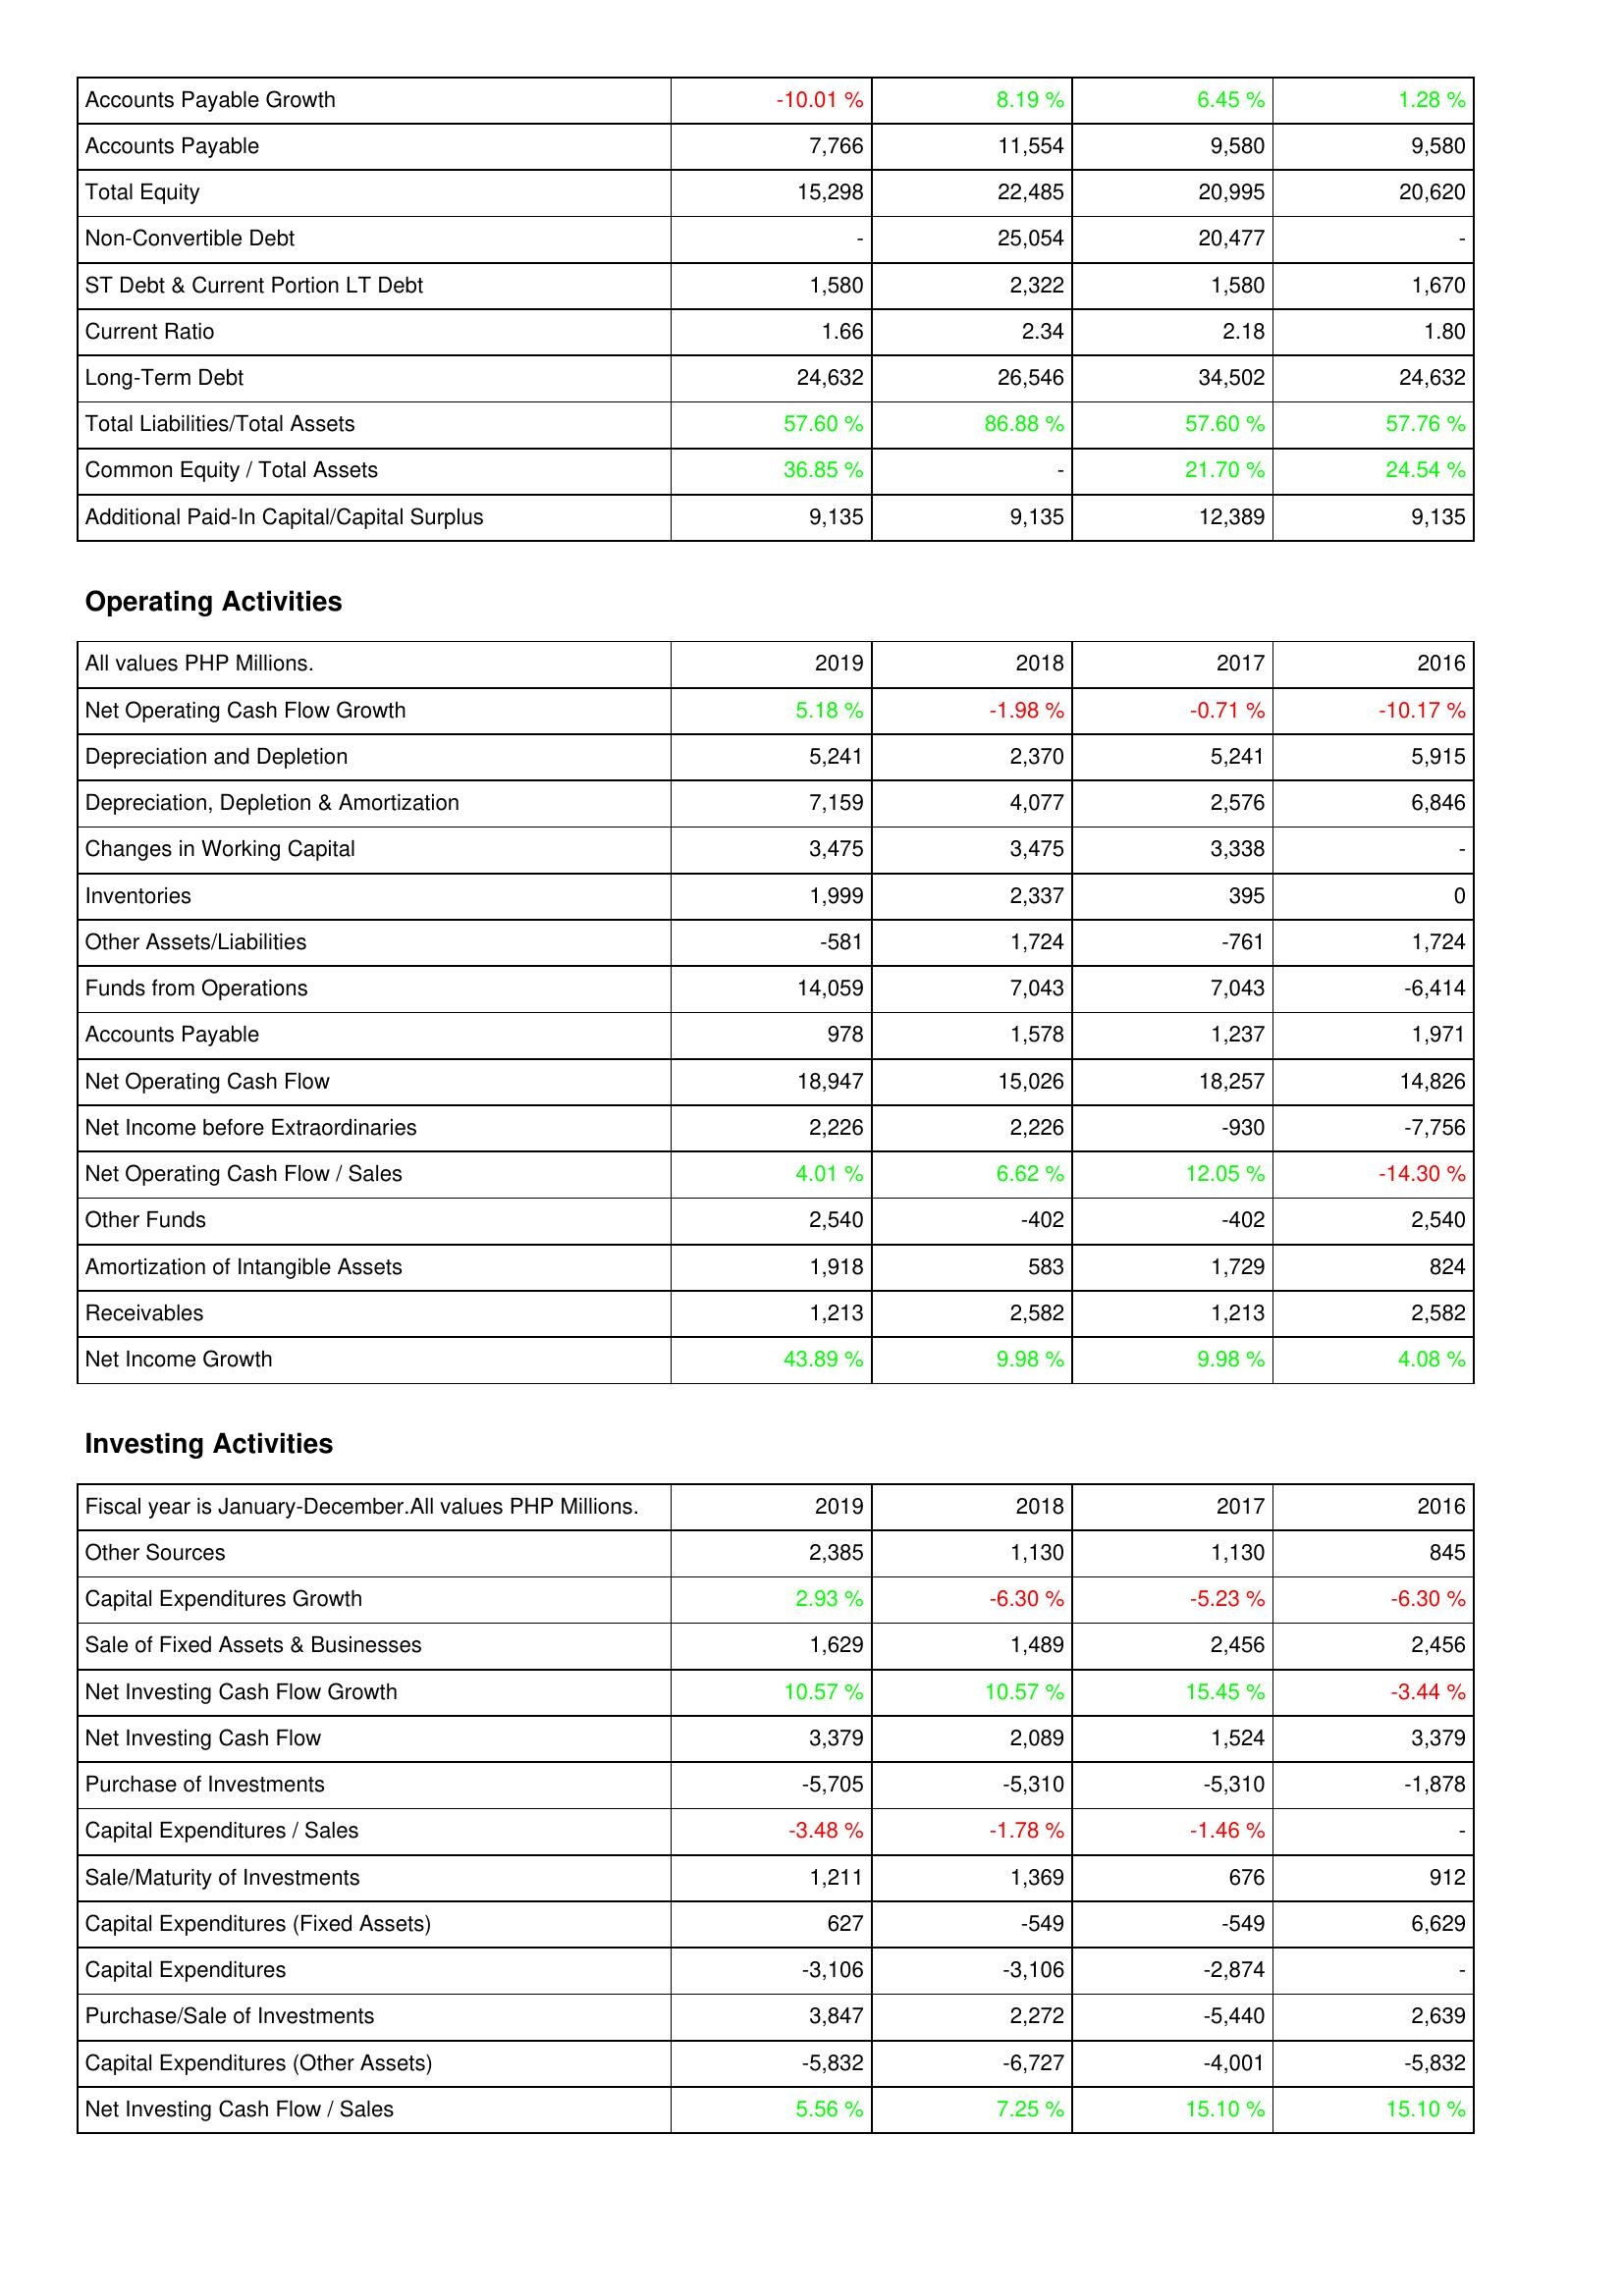
2019: Liabilities & Shareholders' Equity: Accounts Payable Growth: -10.01 %
Accounts Payable: 7,766
Total Equity: 15,298
Non-Convertible Debt: -
ST Debt & Current Portion LT Debt: 1,580
Current Ratio: 1.66
Long-Term Debt: 24,632
Total Liabilities/Total Assets: 57.60 %
Common Equity / Total Assets: 36.85 %
Additional Paid-In Capital/Capital Surplus: 9,135
Operating Activities: Net Operating Cash Flow Growth: 5.18 %
Depreciation and Depletion: 5,241
Depreciation, Depletion & Amortization: 7,159
Changes in Working Capital: 3,475
Inventories: 1,999
Other Assets/Liabilities: -581
Funds from Operations: 14,059
Accounts Payable: 978
Net Operating Cash Flow: 18,947
Net Income before Extraordinaries: 2,226
Net Operating Cash Flow / Sales: 4.01 %
Other Funds: 2,540
Amortization of Intangible Assets: 1,918
Receivables: 1,213
Net Income Growth: 43.89 %
Investing Activities: Other Sources: 2,385
Capital Expenditures Growth: 2.93 %
Sale of Fixed Assets & Businesses: 1,629
Net Investing Cash Flow Growth: 10.57 %
Net Investing Cash Flow: 3,379
Purchase of Investments: -5,705
Capital Expenditures / Sales: -3.48 %
Sale/Maturity of Investments: 1,211
Capital Expenditures (Fixed Assets): 627
Capital Expenditures: -3,106
Purchase/Sale of Investments: 3,847
Capital Expenditures (Other Assets): -5,832
Net Investing Cash Flow / Sales: 5.56 %
2018: Liabilities & Shareholders' Equity: Accounts Payable Growth: 8.19 %
Accounts Payable: 11,554
Total Equity: 22,485
Non-Convertible Debt: 25,054
ST Debt & Current Portion LT Debt: 2,322
Current Ratio: 2.34
Long-Term Debt: 26,546
Total Liabilities/Total Assets: 86.88 %
Common Equity / Total Assets: -
Additional Paid-In Capital/Capital Surplus: 9,135
Operating Activities: Net Operating Cash Flow Growth: -1.98 %
Depreciation and Depletion: 2,370
Depreciation, Depletion & Amortization: 4,077
Changes in Working Capital: 3,475
Inventories: 2,337
Other Assets/Liabilities: 1,724
Funds from Operations: 7,043
Accounts Payable: 1,578
Net Operating Cash Flow: 15,026
Net Income before Extraordinaries: 2,226
Net Operating Cash Flow / Sales: 6.62 %
Other Funds: -402
Amortization of Intangible Assets: 583
Receivables: 2,582
Net Income Growth: 9.98 %
Investing Activities: Other Sources: 1,130
Capital Expenditures Growth: -6.30 %
Sale of Fixed Assets & Businesses: 1,489
Net Investing Cash Flow Growth: 10.57 %
Net Investing Cash Flow: 2,089
Purchase of Investments: -5,310
Capital Expenditures / Sales: -1.78 %
Sale/Maturity of Investments: 1,369
Capital Expenditures (Fixed Assets): -549
Capital Expenditures: -3,106
Purchase/Sale of Investments: 2,272
Capital Expenditures (Other Assets): -6,727
Net Investing Cash Flow / Sales: 7.25 %
2017: Liabilities & Shareholders' Equity: Accounts Payable Growth: 6.45 %
Accounts Payable: 9,580
Total Equity: 20,995
Non-Convertible Debt: 20,477
ST Debt & Current Portion LT Debt: 1,580
Current Ratio: 2.18
Long-Term Debt: 34,502
Total Liabilities/Total Assets: 57.60 %
Common Equity / Total Assets: 21.70 %
Additional Paid-In Capital/Capital Surplus: 12,389
Operating Activities: Net Operating Cash Flow Growth: -0.71 %
Depreciation and Depletion: 5,241
Depreciation, Depletion & Amortization: 2,576
Changes in Working Capital: 3,338
Inventories: 395
Other Assets/Liabilities: -761
Funds from Operations: 7,043
Accounts Payable: 1,237
Net Operating Cash Flow: 18,257
Net Income before Extraordinaries: -930
Net Operating Cash Flow / Sales: 12.05 %
Other Funds: -402
Amortization of Intangible Assets: 1,729
Receivables: 1,213
Net Income Growth: 9.98 %
Investing Activities: Other Sources: 1,130
Capital Expenditures Growth: -5.23 %
Sale of Fixed Assets & Businesses: 2,456
Net Investing Cash Flow Growth: 15.45 %
Net Investing Cash Flow: 1,524
Purchase of Investments: -5,310
Capital Expenditures / Sales: -1.46 %
Sale/Maturity of Investments: 676
Capital Expenditures (Fixed Assets): -549
Capital Expenditures: -2,874
Purchase/Sale of Investments: -5,440
Capital Expenditures (Other Assets): -4,001
Net Investing Cash Flow / Sales: 15.10 %
2016: Liabilities & Shareholders' Equity: Accounts Payable Growth: 1.28 %
Accounts Payable: 9,580
Total Equity: 20,620
Non-Convertible Debt: -
ST Debt & Current Portion LT Debt: 1,670
Current Ratio: 1.80
Long-Term Debt: 24,632
Total Liabilities/Total Assets: 57.76 %
Common Equity / Total Assets: 24.54 %
Additional Paid-In Capital/Capital Surplus: 9,135
Operating Activities: Net Operating Cash Flow Growth: -10.17 %
Depreciation and Depletion: 5,915
Depreciation, Depletion & Amortization: 6,846
Changes in Working Capital: -
Inventories: 0
Other Assets/Liabilities: 1,724
Funds from Operations: -6,414
Accounts Payable: 1,971
Net Operating Cash Flow: 14,826
Net Income before Extraordinaries: -7,756
Net Operating Cash Flow / Sales: -14.30 %
Other Funds: 2,540
Amortization of Intangible Assets: 824
Receivables: 2,582
Net Income Growth: 4.08 %
Investing Activities: Other Sources: 845
Capital Expenditures Growth: -6.30 %
Sale of Fixed Assets & Businesses: 2,456
Net Investing Cash Flow Growth: -3.44 %
Net Investing Cash Flow: 3,379
Purchase of Investments: -1,878
Capital Expenditures / Sales: -
Sale/Maturity of Investments: 912
Capital Expenditures (Fixed Assets): 6,629
Capital Expenditures: -
Purchase/Sale of Investments: 2,639
Capital Expenditures (Other Assets): -5,832
Net Investing Cash Flow / Sales: 15.10 %